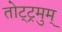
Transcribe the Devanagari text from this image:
तोट्ट्रमुम्